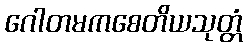
ဂေါတမကစေတိယသုတ္တံ